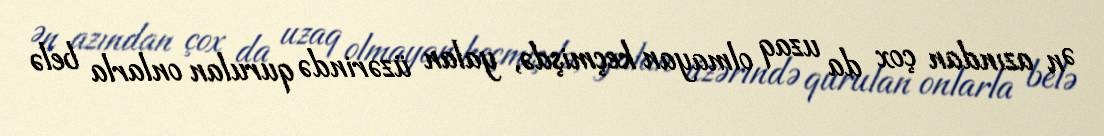
Ən azından çox da uzaq olmayan keçmişdə, yalan üzərində qurulan onlarla belə